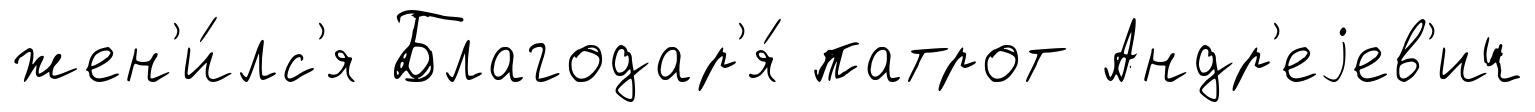
жен'и́лс'я Благодар'я́ патрот Андр'еjев'ич